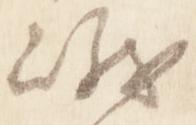
峨